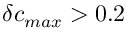
\delta c _ { m a x } > 0 . 2